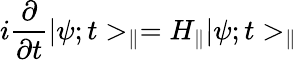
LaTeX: i\frac{\partial}{\partial t}|\psi;t>_{\parallel}=H_{\parallel}|\psi;t>_{\parallel}